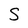
Character: s